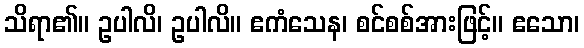
သိရာ၏။ ဥပါလိ၊ ဥပါလိ။ ဧကံသေန၊ စင်စစ်အားဖြင့်။ ဧသော၊